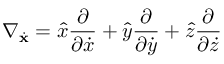
\nabla _ { \dot { \mathbf { x } } } = { \hat { x } } { \frac { \partial } { \partial { \dot { x } } } } + { \hat { y } } { \frac { \partial } { \partial { \dot { y } } } } + { \hat { z } } { \frac { \partial } { \partial { \dot { z } } } }